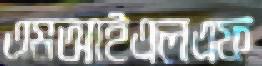
এমআইএলএফ